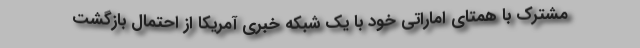
مشترک با همتای اماراتی خود با یک شبکه خبری آمریکا از احتمال بازگشت